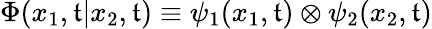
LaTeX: {\Phi}(x_{1},\mathfrak{t}|x_{2},\mathfrak{t})\equiv{\psi}_{1}(x_{1},\mathfrak{t})\otimes{\psi}_{2}(x_{2},\mathfrak{t})